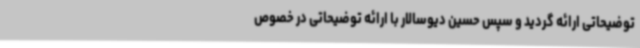
توضیحاتی ارائه گردید و سپس حسین دیوسالار با ارائه توضیحاتی در خصوص